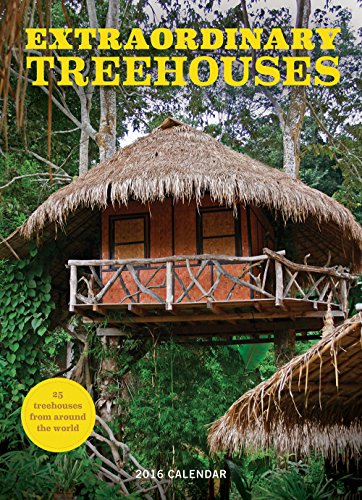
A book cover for Extraordinary Tree Houses 2016 Wall Calendar; Abrams Calendars; Calendars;